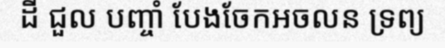
ដី ជួល បញ្ចាំ បែងចែកអចលន ទ្រព្យ